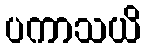
ပကာသယိ